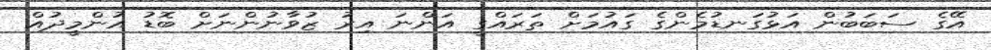
އޭގެ ސަބަަބުން އަޅުގަނޑުމެންގެ ގައުމަށް ތަރައްގީ އަންނަ އިރު ޒުވާނުންނަށް ބޮޑު އުންމީދުއް